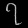
Digit: ၇